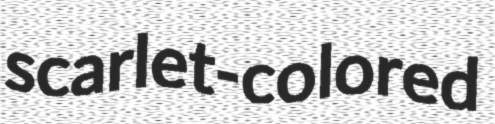
scarlet-colored